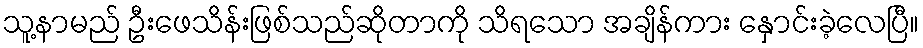
သူ့နာမည် ဦးဖေသိန်းဖြစ်သည်ဆိုတာကို သိရသော အချိန်ကား နှောင်းခဲ့လေပြီ။